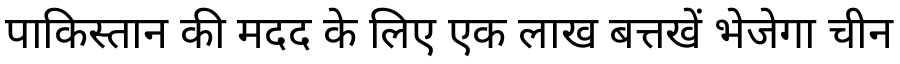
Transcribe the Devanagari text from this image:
पाकिस्तान की मदद के लिए एक लाख बत्तखें भेजेगा चीन